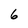
Character: 6